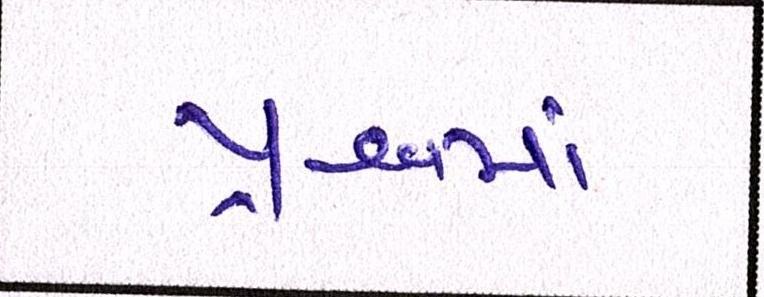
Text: પ્રશ્નમાં